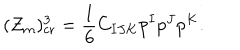
( Z _ { m } ) _ { \mathrm { c r } } ^ { 3 } = { \frac { 1 } { 6 } } C _ { I J K } p ^ { I } p ^ { J } p ^ { K } .